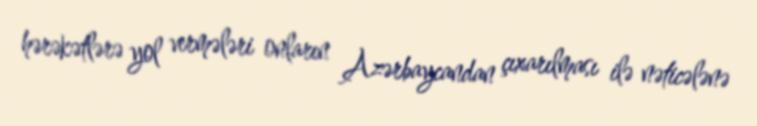
hərəkətlərə yol vermələri onların Azərbaycandan çıxarılması ilə nəticələnə